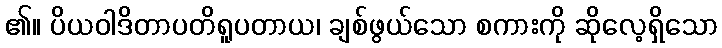
၏။ ပိယဝါဒိတာပတိရူပတာယ၊ ချစ်ဖွယ်သော စကားကို ဆိုလေ့ရှိသော